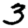
Digit: 3